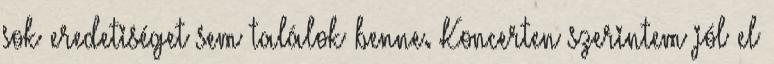
sok eredetiséget sem találok benne. Koncerten szerintem jól el